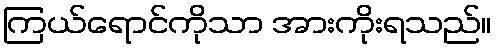
ကြယ်ရောင်ကိုသာ အားကိုးရသည်။